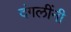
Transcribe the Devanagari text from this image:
दंगलींनी